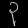
Digit: ၃